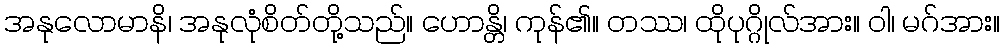
အနုလောမာနိ၊ အနုလုံစိတ်တို့သည်။ ဟောန္တိ၊ ကုန်၏။ တဿ၊ ထိုပုဂ္ဂိုလ်အား။ ဝါ၊ မဂ်အား။